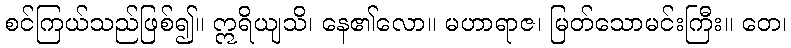
စင်ကြယ်သည်ဖြစ်၍။ ဣရိယျသိ၊ နေ၏လော။ မဟာရာဇ၊ မြတ်သောမင်းကြီး။ တေ၊